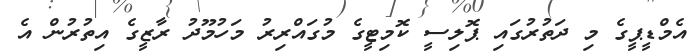
އެމްޑީޕީގެ މި ދަތުރުގައި ޕޮލިސީ ކޮމިޓީގެ މުގައްރިރު މަހުމޫދު ރާޒީގެ އިތުރުން އެ